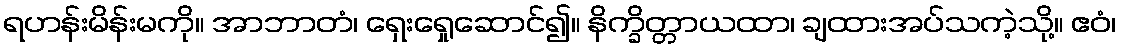
ရဟန်းမိန်းမကို။ အာဘာတံ၊ ရှေးရှေုဆောင်၍။ နိက္ခိတ္တာယထာ၊ ချထားအပ်သကဲ့သို့။ ဧဝံ၊